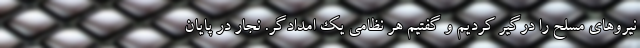
نیروهای مسلح را درگیر کردیم و گفتیم هر نظامی یک امدادگر. نجار در پایان